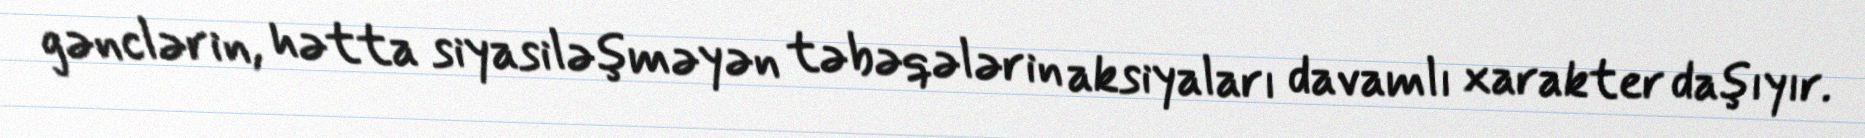
gənclərin, hətta siyasiləşməyən təbəqələrin aksiyaları davamlı xarakter daşıyır.